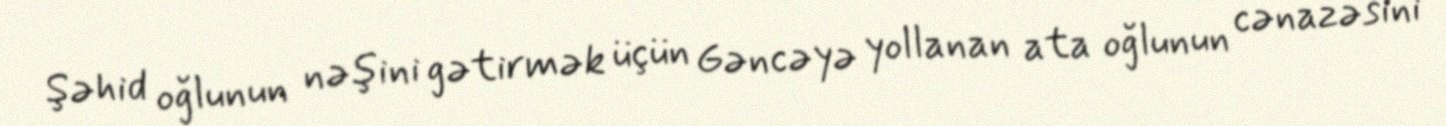
Şəhid oğlunun nəşini gətirmək üçün Gəncəyə yollanan ata oğlunun cənazəsini